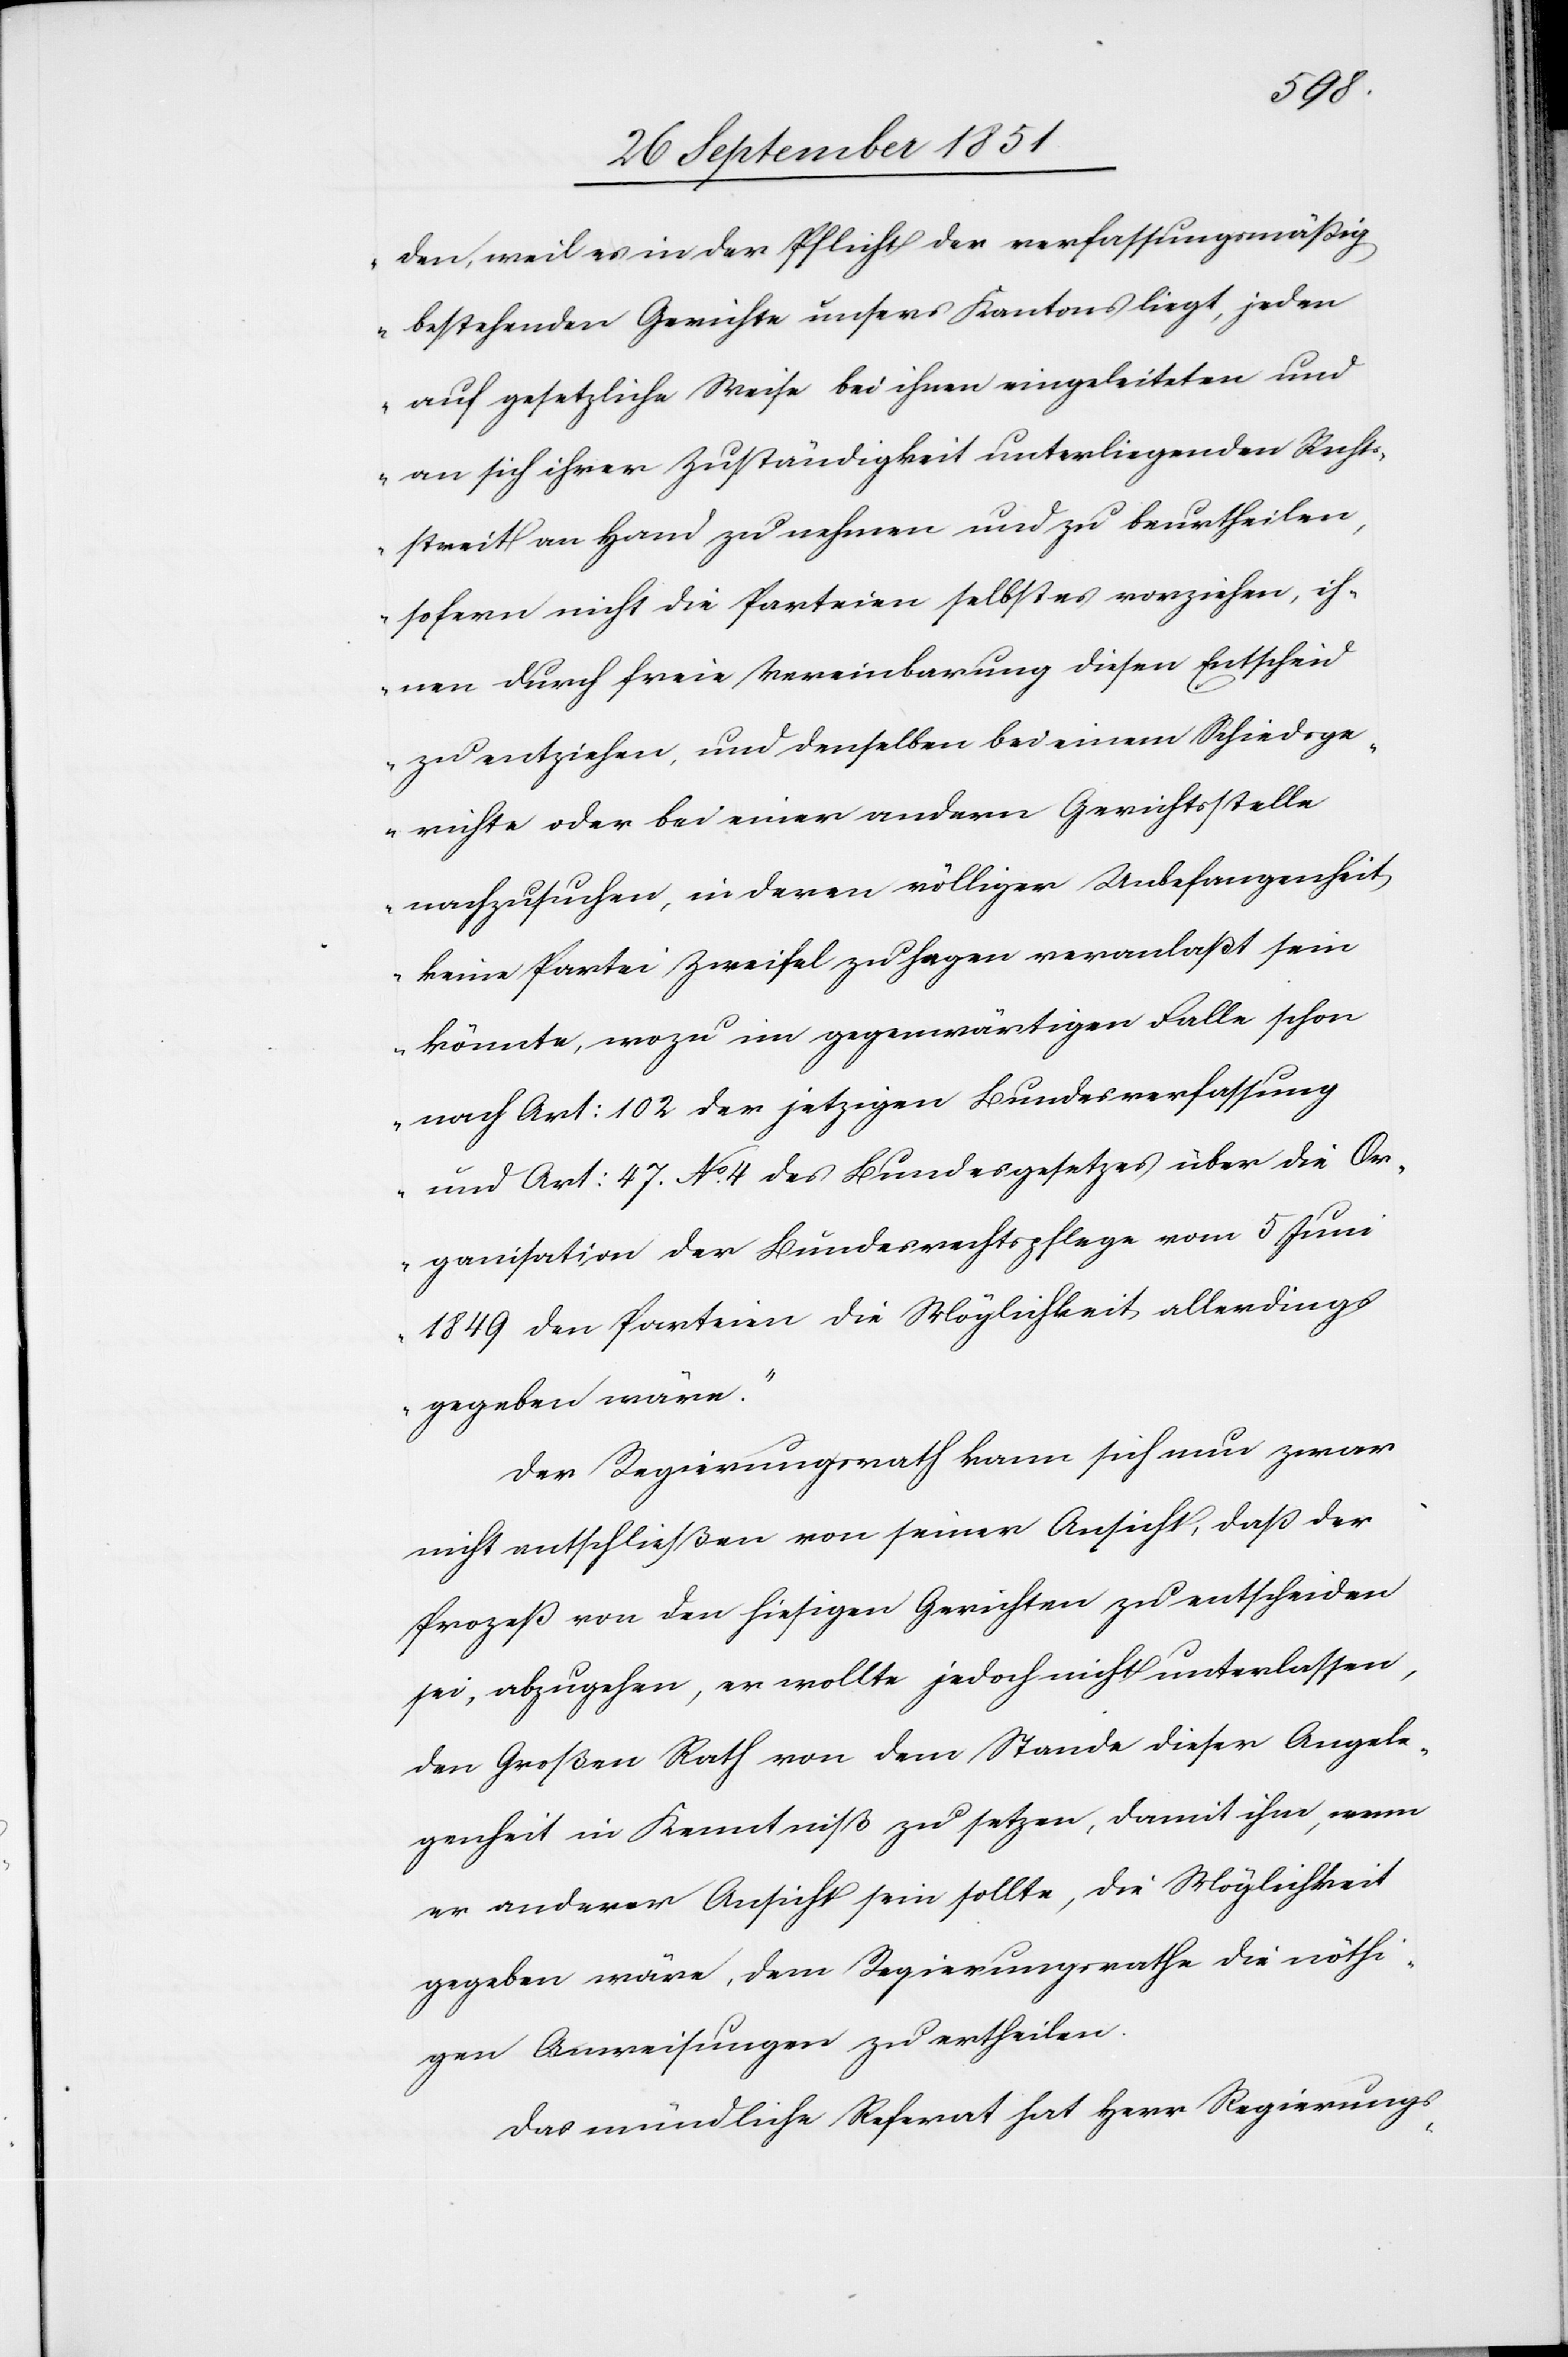
den, weil es in der Pflicht der verfassungsmäßig
bestehenden Gerichte unsers Kantons liegt, jeden
auf gesetzliche Weise bei ihnen eingeleiteten und
an sich ihrer Zuständigkeit unterliegenden Rechts¬
streit an Hand zu nehmen und zu beurtheilen,
sofern nicht die Parteien selbst es vorziehen, ih¬
nen durch freie Vereinbarung diesen Entscheid
zu entziehen, und denselben bei einem Schiedsge¬
richte oder bei einer andern Gerichtsstelle
nachzusuchen, in deren völliger Unbefangenheit
keine Partei Zweifel zu hegen veranlaßt sein
könnte, wozu im gegenwärtigen Falle schon
nach Art: 102 der jetzigen Bundesverfassung
und Art: 47. No. 4 des Bundesgesetzes über die Or¬
ganisation der Bundesrechtspflege vom 5 Juni
1849 den Parteien die Möglichkeit allerdings
gegeben wäre.“
Der Regierungsrath kann sich nun zwar
nicht entschließen von seiner Ansicht, daß der
Prozeß von den hiesigen Gerichten zu entscheiden
sei, abzugehen, er wollte jedoch nicht unterlassen,
den Großen Rath von dem Stande dieser Angele¬
genheit in Kenntniß zu setzen, damit ihm, wenn
er anderer Ansicht sein sollte, die Möglichkeit
gegeben wäre, dem Regierungsrathe die nöthi¬
gen Anweisungen zu ertheilen.
Das mündliche Referat hat Herr Regierungs-